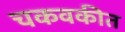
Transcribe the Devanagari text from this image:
चकवकीत